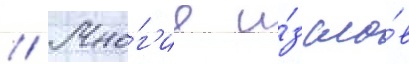
// Мно́г'ие и́з сло́в